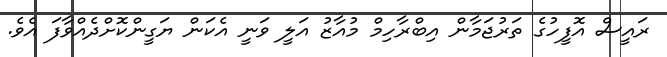
ރައީސް އޮފީހުގެ ތަރުޖަމާން އިބްރާހިމް މުއާޒު އަލީ ވަނީ އެކަން ޔަގީންކޮށްދެއްވާފަ އެވެ.